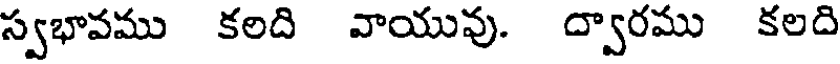
స్వభావము కలది వాయువు. ద్వారము కలది